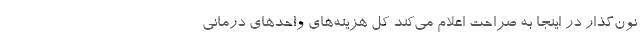
نون‌گذار در اینجا به صراحت اعلام می‌کند کل هزینه‌های واحدهای درمانی